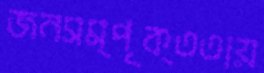
জনসম্পৃক্ততায়